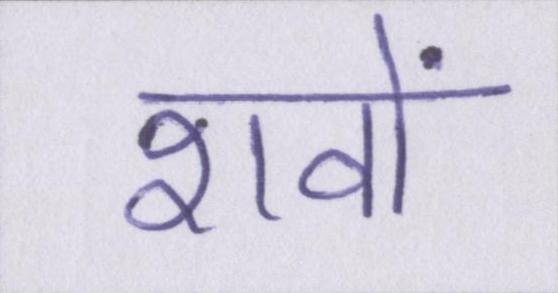
शवों